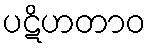
ပဋိဟတာဝ